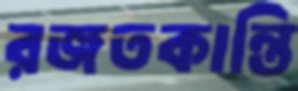
রজতকান্তি